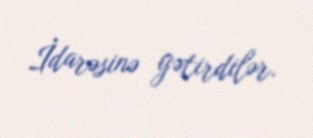
İdarəsinə gətirdilər.